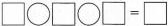
$$\square\bigcirc\square\bigcirc\square=\square $$